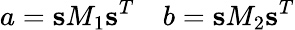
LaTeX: a=\textbf{s}M_{1}\textbf{s}^{T}~~~~b=\textbf{s}M_{2}\textbf{s}^{T}